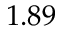
1 . 8 9